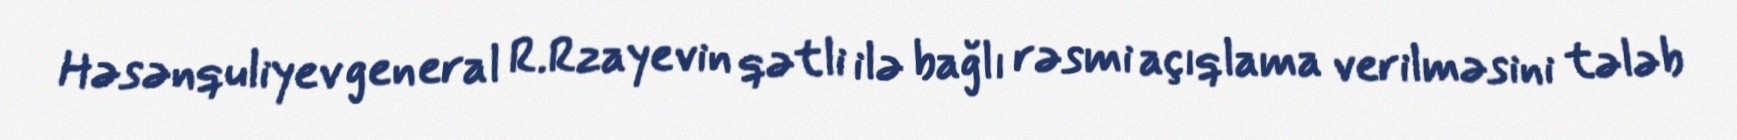
Həsənquliyev general R.Rzayevin qətli ilə bağlı rəsmi açıqlama verilməsini tələb